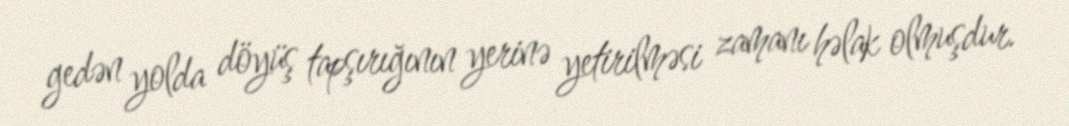
gedən yolda döyüş tapşırığının yerinə yetirilməsi zamanı həlak olmuşdur.